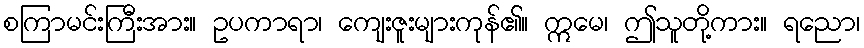
စကြာမင်းကြီးအား။ ဥပကာရာ၊ ကျေးဇူးများကုန်၏။ ဣမေ၊ ဤသူတို့ကား။ ရညော၊